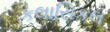
કલાસિકલ